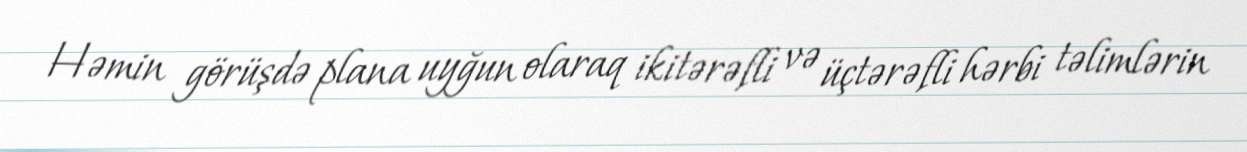
Həmin görüşdə plana uyğun olaraq ikitərəfli və üçtərəfli hərbi təlimlərin